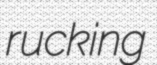
rucking